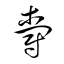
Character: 爵